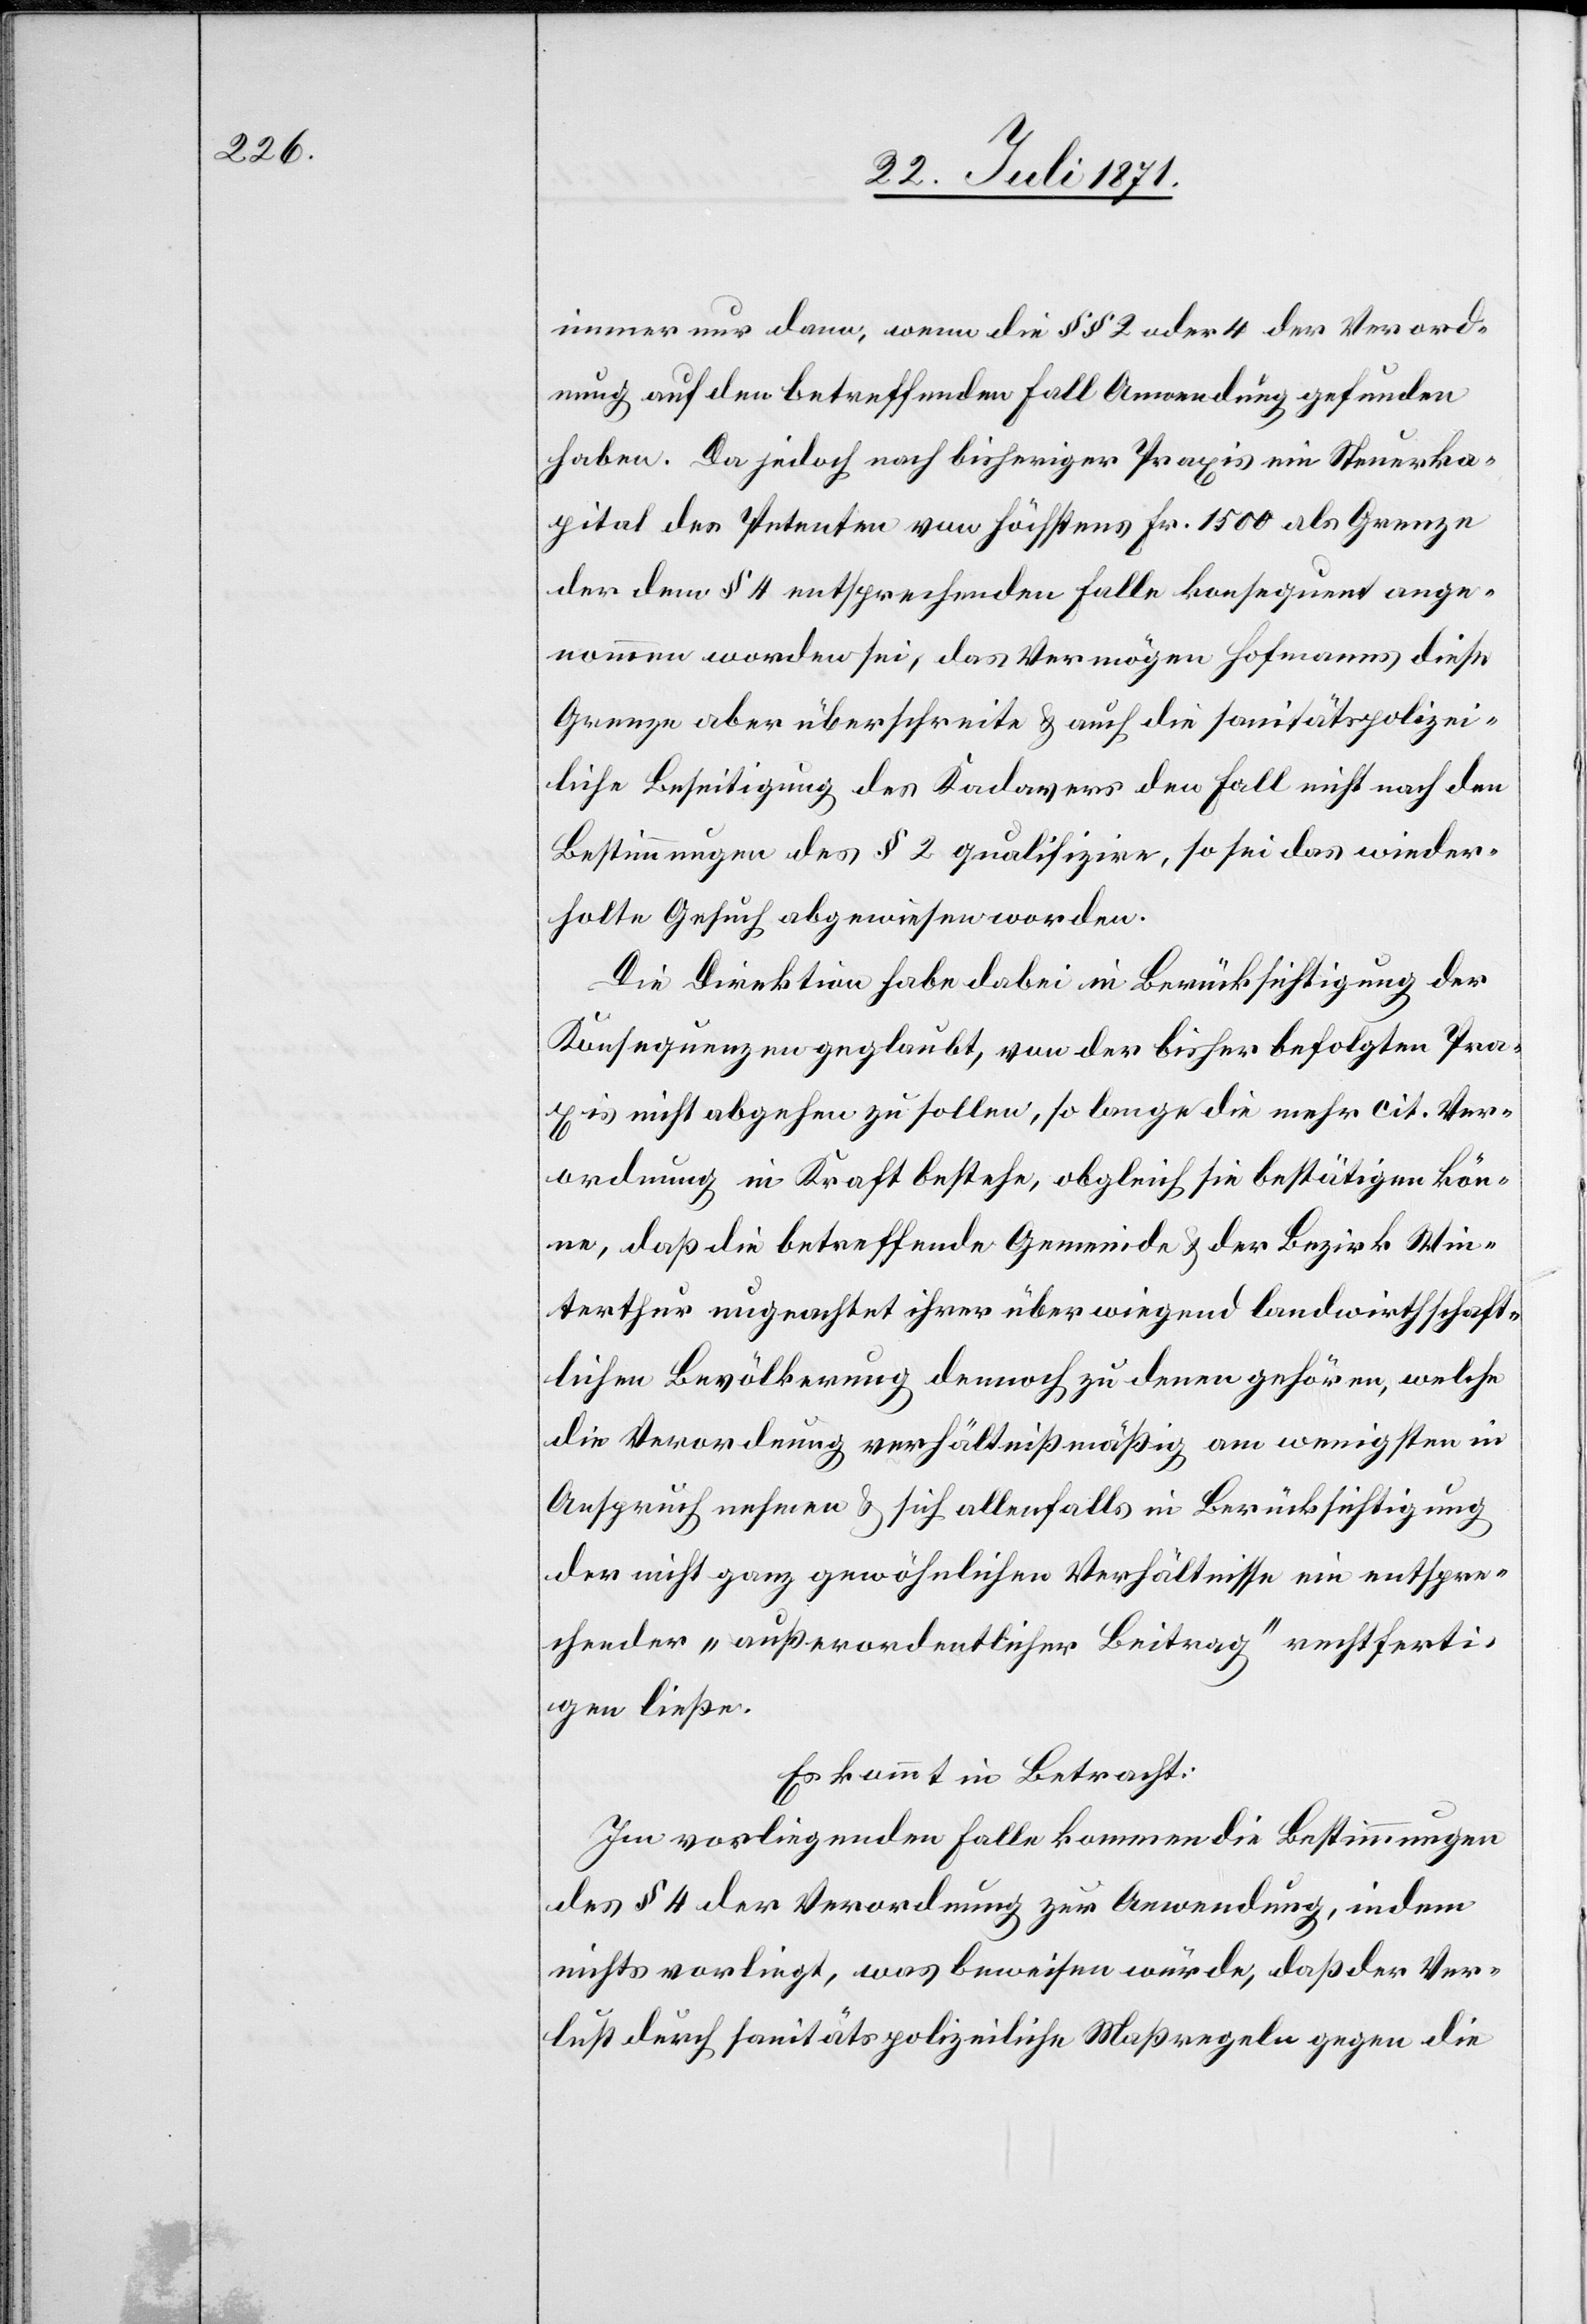
immer nur dann, wenn die §§ 2 oder 4 der Verord¬
nung auf den betreffenden Fall Anwendung gefunden
haben. Da jedoch nach bisheriger Praxis ein Steuerka¬
pital des Petenten von höchstens Fr. 1500 als Grenze
der dem § 4 entsprechenden Falle konsequent ange¬
nommen worden sei, das Vermögen Hofmanns diese
Grenze aber überschreite u. auch die sanitätspolizei¬
liche Beseitigung des Kadavers den Fall nicht nach den
Bestimmungen des § 2 qualifizire, so sei das wieder¬
holte Gesuch abgewiesen worden.
Die Direktion habe dabei in Berücksichtigung der
Konsequenzen geglaubt, von der bisher befolgten Pra¬
xis nicht abgehen zu sollen, so lange die mehr cit. Ver¬
ordnung in Kraft bestehe, obgleich sie bestätigen kön¬
ne, daß die betreffende Gemeinde u. der Bezirk Win¬
terthur ungeachtet ihrer überwiegend landwirthschaft¬
lichen Bevölkerung dennoch zu denen gehören, welche
die Verordnung verhältnißmäßig am wenigsten in
Anspruch nehmen u. sich allenfalls in Berücksichtigung
der nicht ganz gewöhnlichen Verhältnisse ein entspre¬
chender „außerordentlicher Beitrag“ rechtferti¬
gen ließe.
Es kommt in Betracht:
Im vorliegenden Falle kommen die Bestimmungen
des § 4 der Verordnung zur Anwendung, indem
nichts vorliegt, was beweisen würde, daß der Ver¬
lust durch sanitätspolizeiliche Maßregeln gegen die